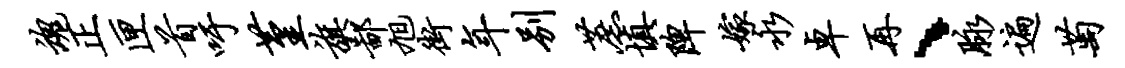
魂正匣首吁堇旗鄙旭街年别蔗填陴嫁永卓再、脉遍萄